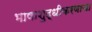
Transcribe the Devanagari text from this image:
भाषाशुद्धीकरणाचा